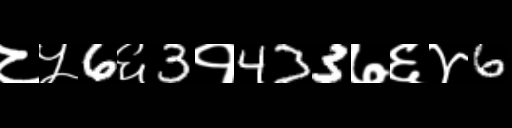
Text: ८५6६3१433७६४6